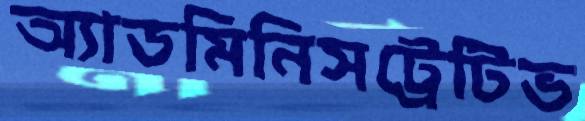
অ্যাডমিনিসট্রেটিভ